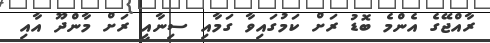
ރާއްޖޭގެ އެންމެ ބޮޑު ރަށް ކަމުގައިވާ ގަމާއި ސިނާއީ ރަށް މާންދޫ އާއި